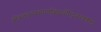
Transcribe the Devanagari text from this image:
श्रोत्रत्वङ्नयनघ्राणजिह्वाधीन्द्रियपञ्चकम्।